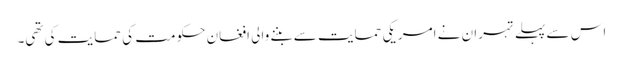
اس سے پہلے تہران نے امریکی حمایت سے بننے والی افغان حکومت کی حمایت کی تھی۔